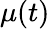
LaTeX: \mu(t)